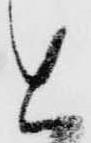
と